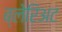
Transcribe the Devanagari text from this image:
ब्लेरिअट